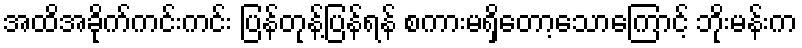
အထိအခိုက်ကင်းကင်း ပြန်တုန့်ပြန်ရန် စကားမရှိတော့သောကြောင့် ဘိုးမန်းက